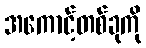
အကောင့်တစ်ခုကို